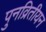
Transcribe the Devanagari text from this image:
पुनव्रितीयन